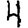
Digit: 4